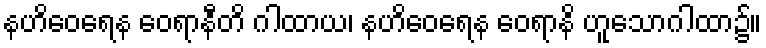
နဟိဝေရေန ဝေရာနီတိ ဂါထာယ၊ နဟိဝေရေန ဝေရာနိ ဟူသောဂါထာ၌။